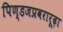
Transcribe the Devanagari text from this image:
पिण्डजप्रवरारूढ़ा